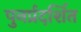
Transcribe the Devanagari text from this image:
पुनर्प्रदर्शित